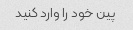
پین خود را وارد کنید